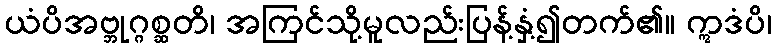
ယံပိအဗ္ဘုဂ္ဂစ္ဆတိ၊ အကြင်သို့မူလည်းပြန့်နှံ့၍တက်၏။ ဣဒံပိ၊